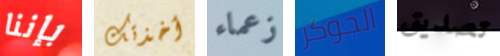
بإننا أخذتك زعماء الجوكر تصديق